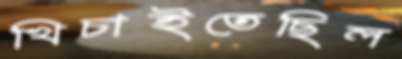
খিচাইতেছিল